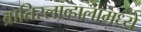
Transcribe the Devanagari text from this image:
ब्रातिस्लाव्हालामध्ये